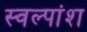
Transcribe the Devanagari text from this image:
स्वल्पांश